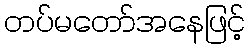
တပ်မတော်အနေဖြင့်